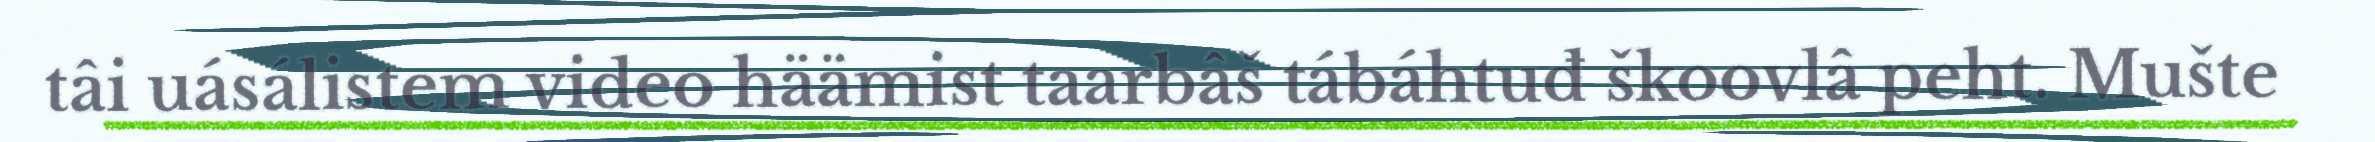
tâi uásálistem video häämist taarbâš tábáhtuđ škoovlâ peht. Mušte